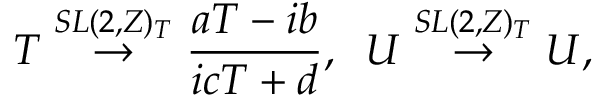
T \stackrel { S L ( 2 , Z ) _ { T } } { \rightarrow } \frac { a T - i b } { i c T + d } , \; \; U \stackrel { S L ( 2 , Z ) _ { T } } { \rightarrow } U ,